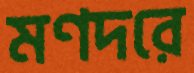
মণদরে